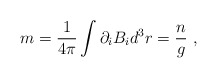
\begin{align*}m = \frac{1}{4\pi}\int{\partial_i B_i d^3r} = \frac{n}{g} \ ,\end{align*}